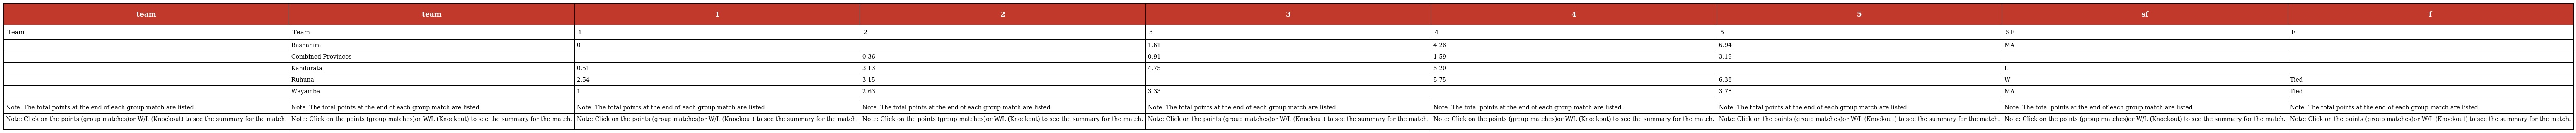
| team | team | 1 | 2 | 3 | 4 | 5 | sf | f |
 | --- | --- | --- | --- | --- | --- | --- | --- | --- |
 | Team | Team | 1 | 2 | 3 | 4 | 5 | SF | F |
 |  | Basnahira | 0 |  | 1.61 | 4.28 | 6.94 | MA |  |
 |  | Combined Provinces |  | 0.36 | 0.91 | 1.59 | 3.19 |  |  |
 |  | Kandurata | 0.51 | 3.13 | 4.75 | 5.20 |  | L |  |
 |  | Ruhuna | 2.54 | 3.15 |  | 5.75 | 6.38 | W | Tied |
 |  | Wayamba | 1 | 2.63 | 3.33 |  | 3.78 | MA | Tied |
 |  |  |  |  |  |  |  |  |  |
 | Note: The total points at the end of each group match are listed. | Note: The total points at the end of each group match are listed. | Note: The total points at the end of each group match are listed. | Note: The total points at the end of each group match are listed. | Note: The total points at the end of each group match are listed. | Note: The total points at the end of each group match are listed. | Note: The total points at the end of each group match are listed. | Note: The total points at the end of each group match are listed. | Note: The total points at the end of each group match are listed. |
 | Note: Click on the points (group matches)or W/L (Knockout) to see the summary for the match. | Note: Click on the points (group matches)or W/L (Knockout) to see the summary for the match. | Note: Click on the points (group matches)or W/L (Knockout) to see the summary for the match. | Note: Click on the points (group matches)or W/L (Knockout) to see the summary for the match. | Note: Click on the points (group matches)or W/L (Knockout) to see the summary for the match. | Note: Click on the points (group matches)or W/L (Knockout) to see the summary for the match. | Note: Click on the points (group matches)or W/L (Knockout) to see the summary for the match. | Note: Click on the points (group matches)or W/L (Knockout) to see the summary for the match. | Note: Click on the points (group matches)or W/L (Knockout) to see the summary for the match. |
 |  |  |  |  |  |  |  |  |  |